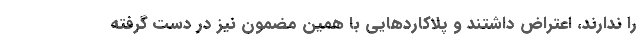
را ندارند، اعتراض داشتند و پلاکاردهایی با همین مضمون نیز در دست گرفته